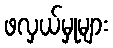
ဖလှယ်မှုများ